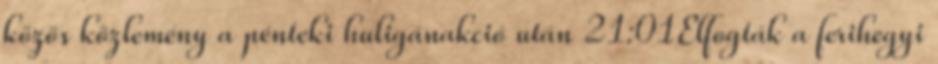
közös közlemény a pénteki huligánakció után 21:01Elfogták a ferihegyi